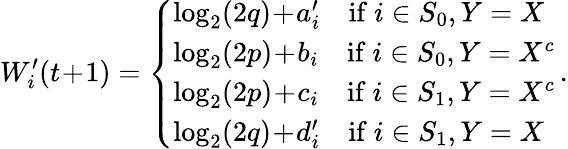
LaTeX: W_{i}^{\prime}(t\! +\! 1)=\left\{ \begin{array}{ll}{\log_{2}(2q)\! +\! a_{i}^{\prime}\quad\mathrm{if~}i\in S_{0},Y=X}\\ {\log_{2}(2p)\! +\! b_{i}\quad\mathrm{if~}i\in S_{0},Y=X^{c}}\\ {\log_{2}(2p)\! +\! c_{i}\quad\mathrm{if~}i\in S_{1},Y=X^{c}}\\ {\log_{2}(2q)\! +\! d_{i}^{\prime}\quad\mathrm{if~}i\in S_{1},Y=X}\end{array}\right.\, .